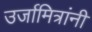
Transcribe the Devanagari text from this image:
उर्जामित्रांनी